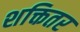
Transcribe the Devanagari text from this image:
शक्तितर